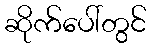
ဆိုက်ပေါ်တွင်